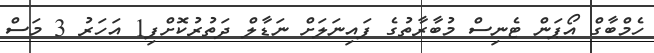
ހެމްބާގް އޯޕަން ޓެނިސް މުބާރާތުގެ ފައިނަލަށް ނަޑާލް ދަތުރުކޮށްފި1 އަހަރު 3 މަސް